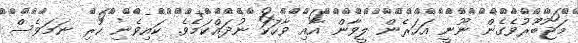
މަޖުބޫރުވެގެން ނޫނީ އަހަރެން ލީވާން އާއި ވާހަކަ ނުދައްކަމެވެ. ކައިވެނި ކުރި ނަމަވެސް